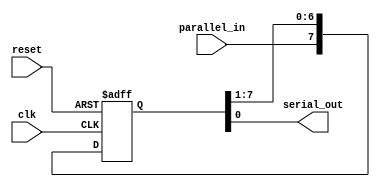
module PISO_shift_register(
    input clk,
    input reset,
    input parallel_in,
    output serial_out
);

reg [7:0] shift_reg;

always @(posedge clk or posedge reset) begin
    if (reset) begin
        shift_reg <= 8'b0;
    end else begin
        shift_reg <= {parallel_in, shift_reg[7:1]};
    end
end

assign serial_out = shift_reg[0];

endmodule